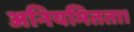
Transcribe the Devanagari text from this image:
अनियमितता।